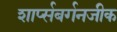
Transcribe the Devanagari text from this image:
शार्प्सबर्गनजीक